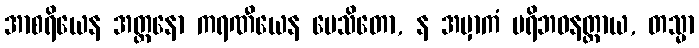
အာစရိယေန အတ္တနော ကရဏီယေန ပေသိတော, န အမှာကံ ပရိဘဝနတ္ထာယ, တသ္မာ